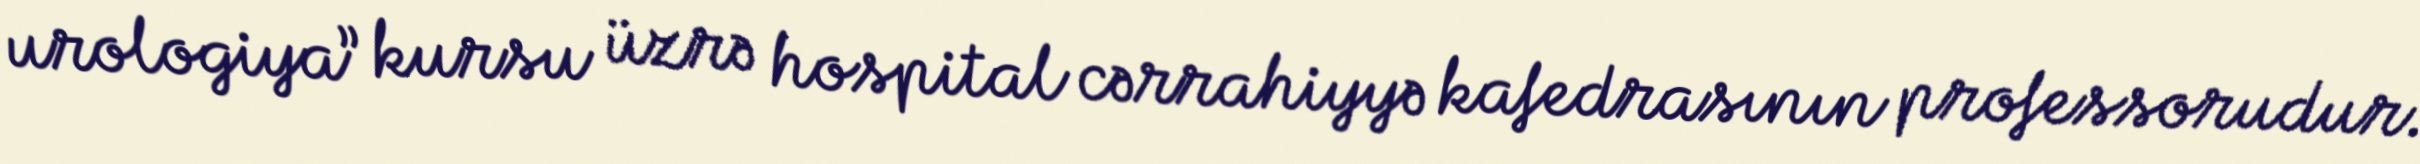
urologiya” kursu üzrə hospital cərrahiyyə kafedrasının professorudur.